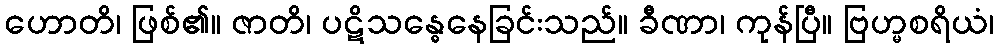
ဟောတိ၊ ဖြစ်၏။ ဇာတိ၊ ပဋိသန္ဓေနေခြင်းသည်။ ခီဏာ၊ ကုန်ပြီ။ ဗြဟ္မစရိယံ၊